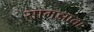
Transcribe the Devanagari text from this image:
सामझाता